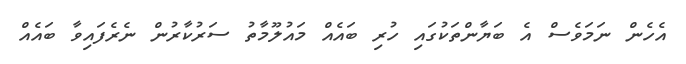
އެހެން ނަމަވެސް އެ ބަޔާންތަކުގައި ހުރި ބައެއް މައުލޫމާތު ސަރުކާރުން ނެރެފައިވާ ބައެއް